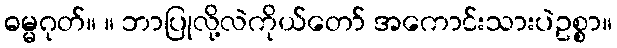
ဓမ္မဂုတ်။ ။ ဘာပြုလို့လဲကိုယ်တော် အကောင်းသားပဲဥစ္စာ။